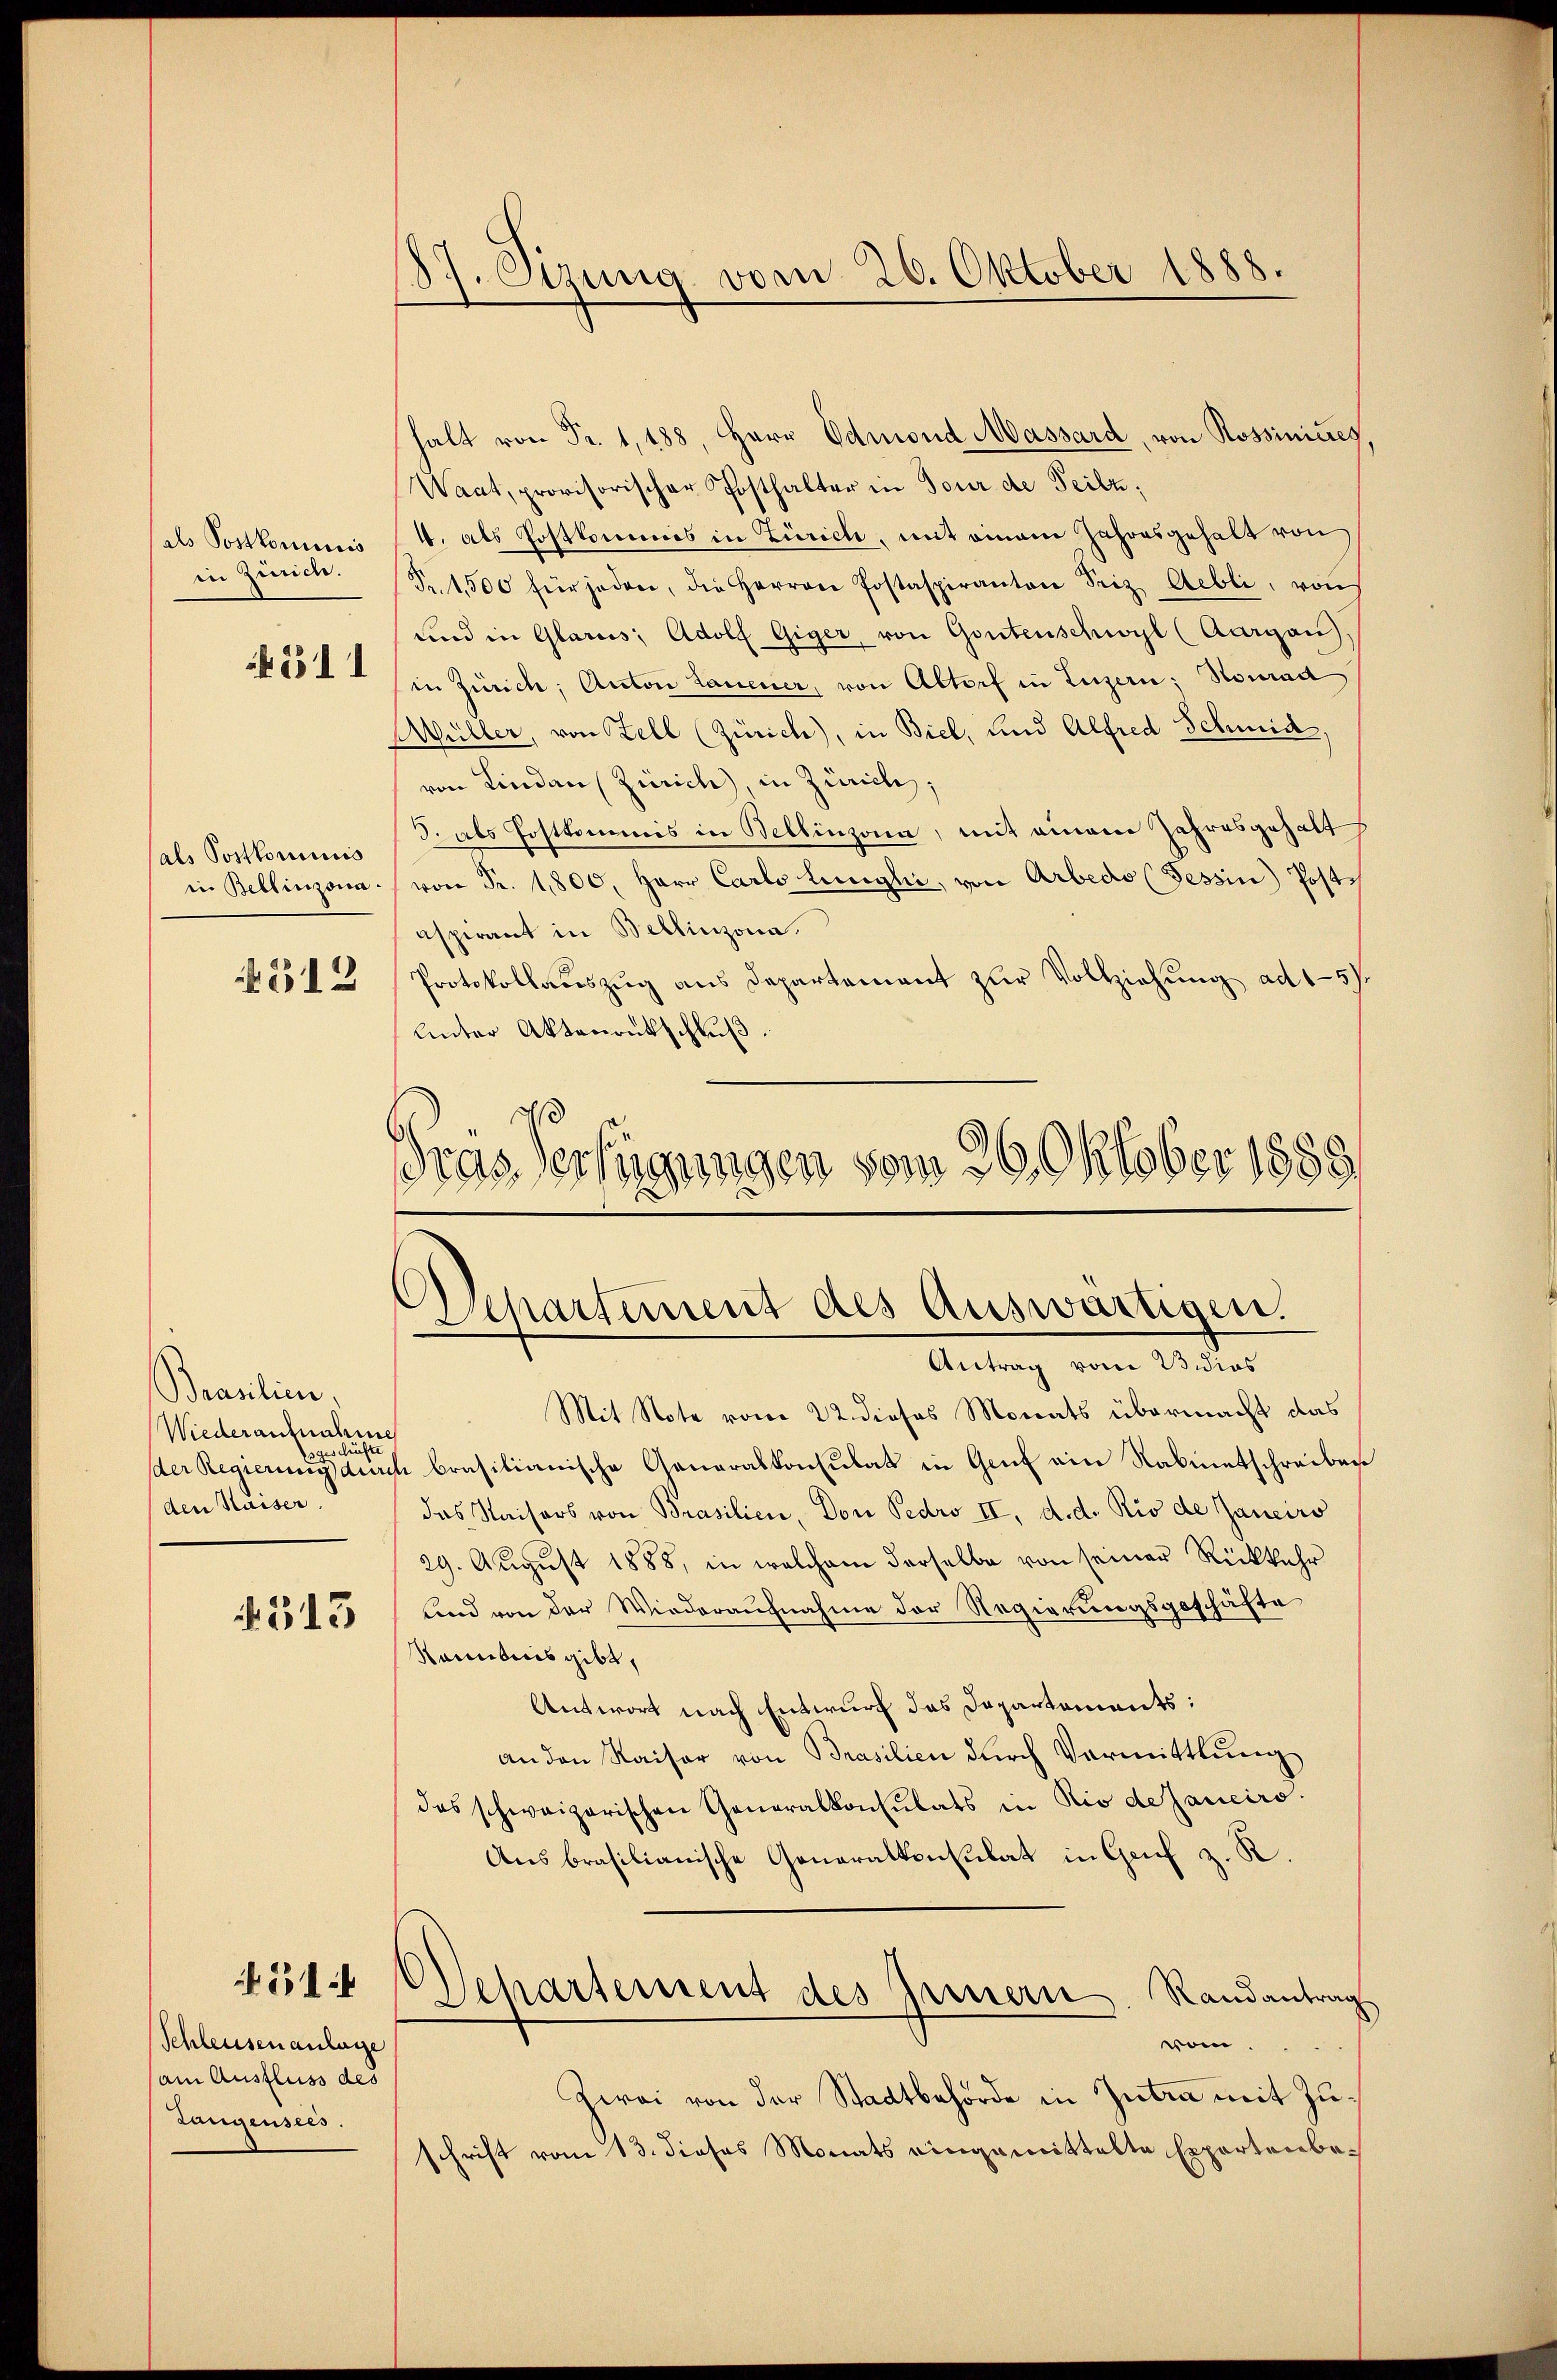
(als Postkommis
in Zürich.

4511

sals Postkommis
in Bellinzona.

512

Brasilien
Wiederaufnahme
oges künften
den Kaiser.

.313

514

Schleusen anlage
(am Ausfluss des
Langensees.

87. Sizung vom 26. Oktober 1888.

Gepartement des Auswärtigen.
Antrag vom 13 dies

Mit Note vom 22. dieses Monats übermacht das
der Regierung durch brasilianische Generalkonsulat in Genf ein Rabinetschreiben
das Kaisers von Prasilien, Don Pedro II, d. d. Rio de Janeiro
29. August 1888, in welchem derselbe von seiner Rückkehr
und von der Wiederaufnahme der Regierungsgeschäfte
Renntnis gibt,
Antwort nach Entwurf das Departements:
an den Kaiser von Brasilien durch Vermittlung
das schweizerischen Generalkonsulats in Rio de Janeiro.
Ausbrasilianische Generalkonsulat in Genf z. R.
Separtement des Innern. Randantrag
vom.
Zwei von der Stadtbehörde in Zutra mit Zuschrift vom 13. dieses Monats eingemittelte Expertenbe¬

halt von Fr. 1,188, Herr Admond Massard, von Rossinicres
Waat, provisorischer Posthalter in Tour de Teilz,
4. als Postkommis in Zürich, mit einem Jahresgehalt von
Nr. 1,500 für jeden, die Herren Postaspiranton Seiz Aebli, von
und in Glarus, Adolf Giger, von Gontenschwyl (Aargau),
in Zürich, Anton Lauener, von Altorf in Luzern; Nonrad
Wüller, von Zell (Zürich), in Biel, und Alfred Schmid,
von Lindau (Zürich, in Zürich,
3. als Postkommis in Bellinzona, mit einem Jahresgehalts
von Fr. 1800. Herr Carls linghi, von Arbedo (Tessin Postaspirant in Bellinzona.
Protokollaŭszŭg ans Departement zŭr Vollziehung ad 15/
Unter Aktenentschluß
Gras Verfügungen vom 26. Oktober 1883